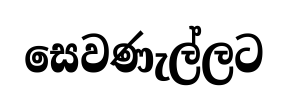
සෙවණැල්ලට